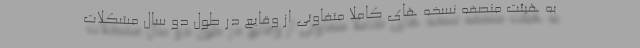
به هیئت منصفه نسخه های کاملاً متفاوتی از وقایع در طول دو سال مشکلات